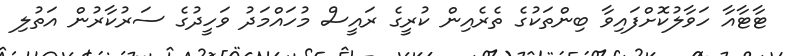
ޓާޓާއާ ހަވާލުކޮށްފައިވާ ބިންތަކުގެ ތެރެއިން ކުރީގެ ރައީސް މުހައްމަދު ވަހީދުގެ ސަރުކާރުން އަތުލި